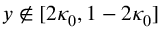
y \notin [ 2 \kappa _ { 0 } , 1 - 2 \kappa _ { 0 } ]